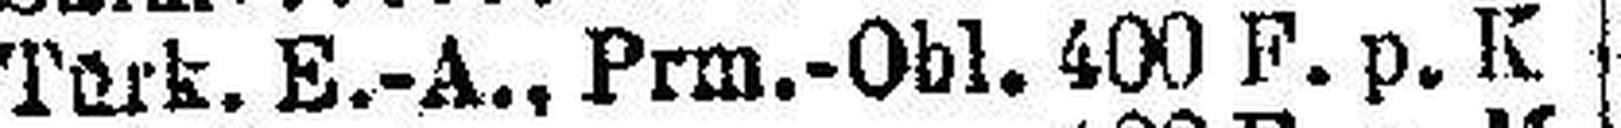
Türk. E.-A. Prm.-Obl. 400 F. p. K